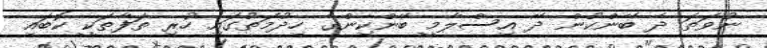
ނުވަތަ ދެ ބޭންކުން ދޭ އިސްލާމީ ބޭންކިންގެ ހިދުމަތުގައި ހުރި ތަފާތަކީ ކޮބައި